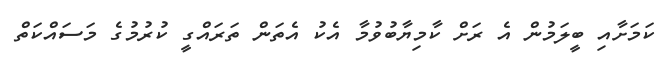
ކަމަށާއި ބީލަމުން އެ ރަށް ކާމިޔާބުވުމާ އެކު އެތަން ތަރައްގީ ކުރުމުގެ މަސައްކަތް